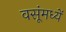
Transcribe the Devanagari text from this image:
वसूंमध्यें